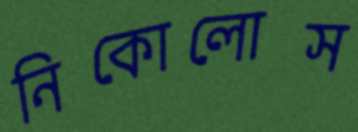
নিকোলোস